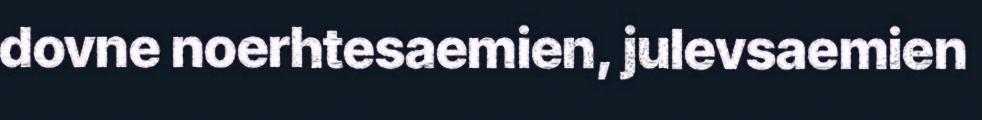
dovne noerhtesaemien, julevsaemien